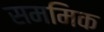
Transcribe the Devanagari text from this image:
सममिक